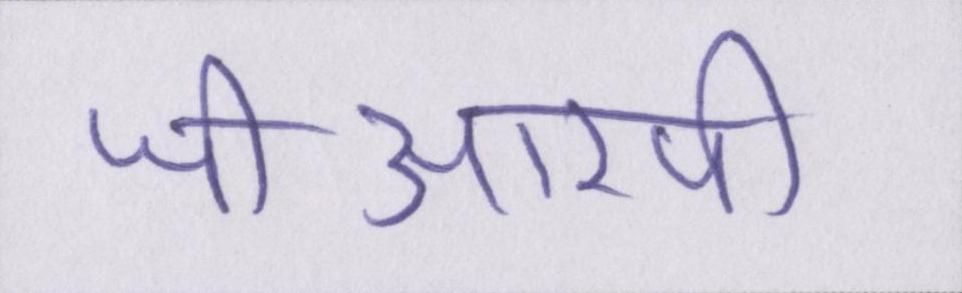
जीआरपी